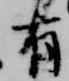
有